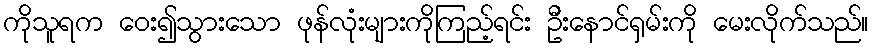
ကိုသူရက ဝေး၍သွားသော ဖုန်လုံးများကိုကြည့်ရင်း ဦးနောင်ရှမ်းကို မေးလိုက်သည်။